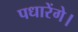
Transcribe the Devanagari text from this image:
पधारेंगे।